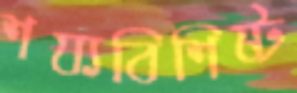
শয্যবিশিষ্ট